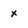
Character: x